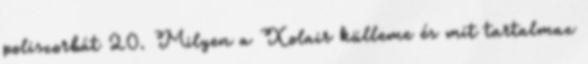
poliszorbát 20. Milyen a Xolair külleme és mit tartalmaz